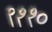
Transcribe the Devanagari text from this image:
९११०